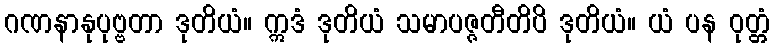
ဂဏနာနုပုဗ္ဗတာ ဒုတိယံ။ ဣဒံ ဒုတိယံ သမာပဇ္ဇတီတိပိ ဒုတိယံ။ ယံ ပန ဝုတ္တံ